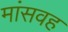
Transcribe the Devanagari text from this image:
मांसवह